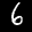
Label: 6